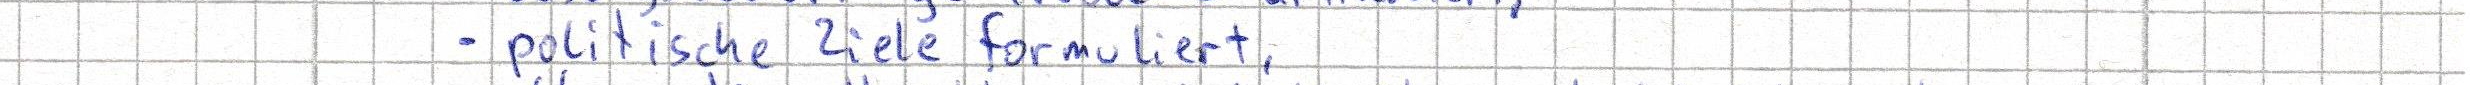
- politische Ziele formuliert,